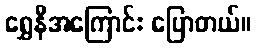
ရွှေနီအကြောင်း ပြောတယ်။